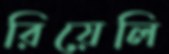
রিয়েলি